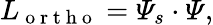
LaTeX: L_{\mathrm{~o~r~t~h~o~}}=\varPsi_{s}\cdot\varPsi,